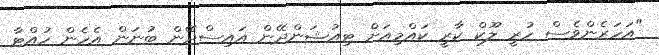
"އަހަރެންވެސް ހުރީ ލޫކް ކާރީ ކައްމިއަށް ޓިއުޝަންދޭން އައިސްދޭން ބުނަން އެހެން ހުއްޓާ